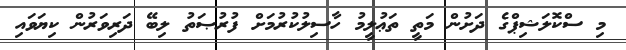
މި ސްކޮލަޝިޕްގެ ދަށުން މަތީ ތަޢުލީމު ހާސިލުކުރުމަށް ފުރުޞަތު ލިބޭ ދަރިވަރުން ކިޔަވައި